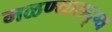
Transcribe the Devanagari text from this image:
मळण्यासदृष्य